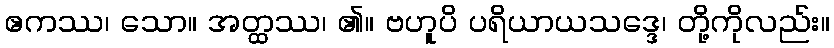
ဧကဿ၊ သော။ အတ္ထဿ၊ ၏။ ဗဟူပိ ပရိယာယသဒ္ဒေ၊ တို့ကိုလည်း။